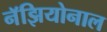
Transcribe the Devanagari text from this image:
नॅझियोनाल